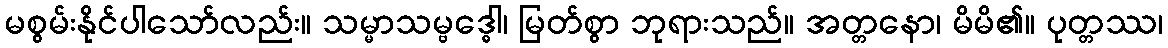
မစွမ်းနိုင်ပါသော်လည်း။ သမ္မာသမ္ဗဒ္ဓေါ၊ မြတ်စွာ ဘုရားသည်။ အတ္တနော၊ မိမိ၏။ ပုတ္တဿ၊